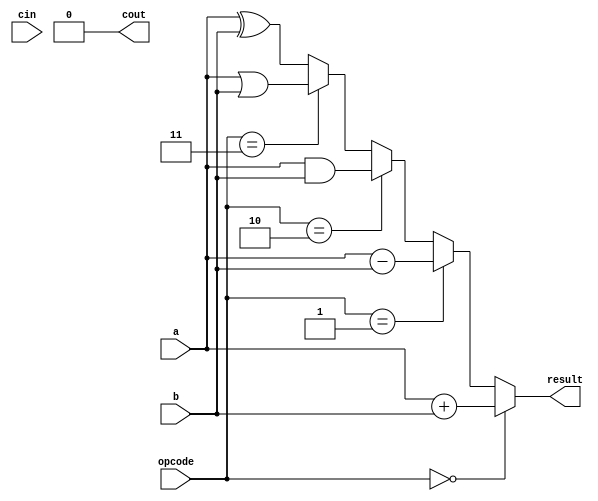
module alu(
  input wire [1:0] opcode,
  input wire [1:0] a,
  input wire [1:0] b,
  input wire cin,
  output wire [1:0] result,
  output wire cout
);

wire [1:0] add_result, sub_result, and_result, or_result, xor_result;

assign add_result = a + b;
assign sub_result = a - b;
assign and_result = a & b;
assign or_result = a | b;
assign xor_result = a ^ b;

assign result = (opcode == 2'b00) ? add_result :
                (opcode == 2'b01) ? sub_result :
                (opcode == 2'b10) ? and_result :
                (opcode == 2'b11) ? or_result : xor_result;

assign cout = (add_result[2] | sub_result[2]) ? 1'b1 : 1'b0;

endmodule